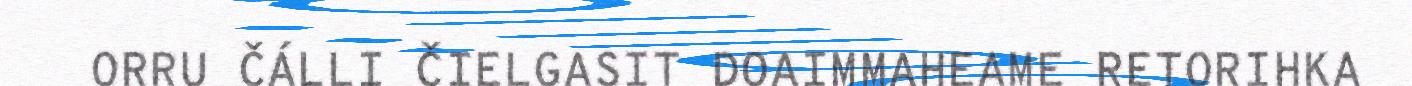
ORRU ČÁLLI ČIELGASIT DOAIMMAHEAME RETORIHKA